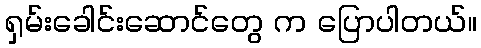
ရှမ်းခေါင်းဆောင်တွေ က ပြောပါတယ်။